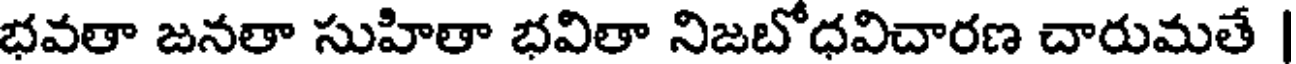
భవతా జనతా సుహితా భవితా నిజబోధవిచారణ చారుమతే